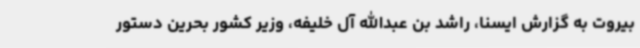
بیروت به گزارش ایسنا، راشد بن عبدالله آل خلیفه، وزیر کشور بحرین دستور